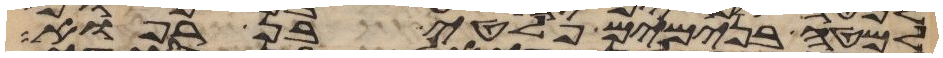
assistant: למטה בנימים פלטי בן רפוא